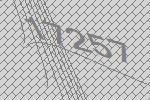
17257